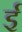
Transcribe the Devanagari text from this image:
र्इ